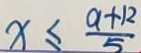
x \leq \frac { a + 1 2 } { 5 }